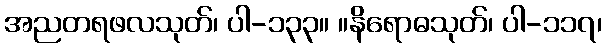
အညတရဖလသုတ်၊ ပါ-၁၃၃။ ။နိရောဓသုတ်၊ ပါ-၁၁၇၊